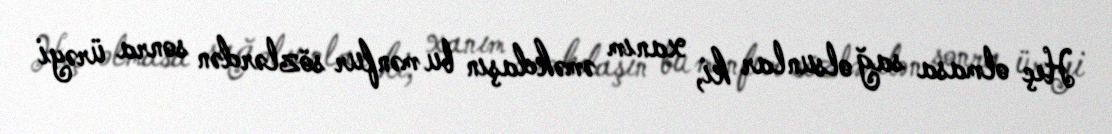
Heç olmasa sağ olsunlar ki, xanım əməkdaşın bu mənfur sözlərdən sonra ürəyi